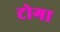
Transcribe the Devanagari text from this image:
टोगा